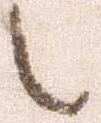
之